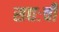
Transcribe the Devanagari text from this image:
सद्यःची